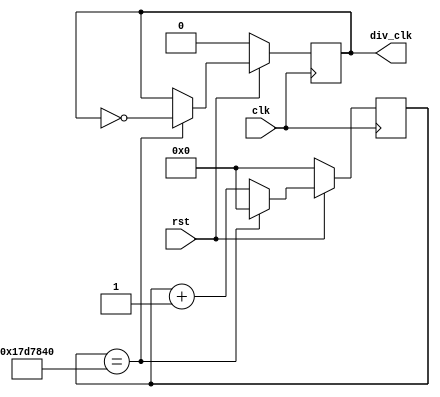
`define TimeExpire1 32'd25000000
`define GameDuration 5'd31;
module clk1Hz(clk,rst,div_clk);
input clk,rst;
output div_clk;

reg div_clk;
reg[31:0]count;

always@(posedge clk)
begin 
    if(!rst)
    begin
        count<=32'd0;
        div_clk<=1'b0;
    end
    else 
    begin 
        if(count==`TimeExpire1)
        begin
            count<=32'd0;
            div_clk<=~div_clk;
        end
        else
        begin
            count<=count+32'd1;
        end
    end
end
endmodule

module level(state1,state2,state3,pointOut);
input state1,state2,state3;
output reg [4:0]pointOut;

always@(state1 or state2 or state3)
begin
    if(state1 && state2 && state3)
    begin
        pointOut <= 5'd20;
    end
    else if(!state1 && state2 && state3)
    begin
        pointOut <= 5'd15;
    end
    else
    begin
        pointOut <= 5'd10;
    end
end
endmodule

module countDown(divClk,rst,timeNow,overFlow,led0, led1, led2, led3, led4, led5, led6, led7, led8, led9, rand);
input divClk,rst;
output reg [4:0]timeNow;
output reg overFlow,led0, led1, led2, led3, led4, led5, led6, led7, led8, led9;

output reg [3:0] rand;
reg [3:0] next_data;

always @*
begin
   next_data[3] = rand[3]^timeNow[1];
	next_data[2] = rand[2]^timeNow[0];
	next_data[1] = rand[1]^next_data[3];
	next_data[0] = rand[0]^next_data[2];
	
end


reg flag;
always@(posedge divClk or negedge rst)
begin
	 
    if(!rst)
    begin  
			flag <= 0;
			timeNow <= `GameDuration;
			overFlow <= 0;
			led0 <= 0;
			led1 <= 0;
			led2 <= 0;
			led3 <= 0;
			led4 <= 0;
			led5 <= 0;
			led6 <= 0;
			led7 <= 0;
			led8 <= 0;
			led9 <= 0;
	 end
    else
    begin
		 if(!overFlow)
		 begin
			if(timeNow == 1)
			begin
            overFlow <= 1;
				timeNow <= timeNow - 1;
				rand <= 4'hf;
			end
			else
            timeNow <= timeNow - 1;
				rand <= next_data;
		end
		else
		begin
			if(flag == 0) begin
				flag <= 1;
				led0 <= 1;
				led1 <= 1;
				led2 <= 1;
				led3 <= 1;
				led4 <= 1;
				led5 <= 1;
				led6 <= 1;
				led7 <= 1;	
				led8 <= 1;
				led9 <= 1;
			end else begin
				flag <= 0;
				led0 <= 0;
				led1 <= 0;
				led2 <= 0;
				led3 <= 0;
				led4 <= 0;
				led5 <= 0;
				led6 <= 0;
				led7 <= 0;
				led8 <= 0;
				led9 <= 0;
			end
		 end
    end
end
endmodule

module display(count,out1,out2);
input [4:0]count;
output reg [6:0]out1;
output reg [6:0]out2;

wire [4:0]first;
wire [4:0]second;

assign first = count % 10 ;
assign second = count / 10;

always@(count)
begin
    case(first)
        4'b0000:out1=7'b1000000;//0
        4'b0001:out1=7'b1111001;//1
        4'b0010:out1=7'b0100100;//2
        4'b0011:out1=7'b0110000;//3
        4'b0100:out1=7'b0011001;//4
        4'b0101:out1=7'b0010010;//5
        4'b0110:out1=7'b0000010;//6
        4'b0111:out1=7'b1111000;//7
        4'b1000:out1=7'b0000000;//8
        4'b1001:out1=7'b0010000;//9
    endcase
    case(second)
        4'b0000:out2=7'b1000000;//0
        4'b0001:out2=7'b1111001;//1
        4'b0010:out2=7'b0100100;//2
        4'b0011:out2=7'b0110000;//3
        4'b0100:out2=7'b0011001;//4
        4'b0101:out2=7'b0010010;//5
        4'b0110:out2=7'b0000010;//6
        4'b0111:out2=7'b1111000;//7
        4'b1000:out2=7'b0000000;//8
        4'b1001:out2=7'b0010000;//9
    endcase
end
endmodule

module addScore(clk,rst,hit,score);
input clk,rst,hit;
output reg [4:0]score; 
reg flagNow;
always @(posedge clk or negedge rst)
begin
	if(!rst)
	begin
		score <= 0;
		flagNow <= 0;
	end
	else
	begin
		if(hit != flagNow)
		begin
			score <= score + 1;
			flagNow <= hit;
		end
	end
end
endmodule



//show image
module image(clk, rst, score, goal, timenow, dot_col, row_count);
input clk, rst;
input [4:0] score;
input [4:0] goal;
input [4:0] timenow;
// output reg [7:0] dot_row;
output reg [7:0] dot_col;

input [2:0] row_count;
 
always@(posedge clk or negedge rst)
begin
   if(~rst)
	begin
	    // dot_row <= 8'b0;
		 dot_col <= 8'b0;
		 // row_count <= 0;
	end
	else
	begin
//	    row_count <= row_count + 1;
//		 case(row_count)
//		     3'd0: dot_row <= 8'b01111111; 
//			  3'd1: dot_row <= 8'b10111111; 
//			  3'd2: dot_row <= 8'b11011111; 
//			  3'd3: dot_row <= 8'b11101111; 
//			  3'd4: dot_row <= 8'b11110111; 
//			  3'd5: dot_row <= 8'b11111011; 
//           3'd6: dot_row <= 8'b11111101; 
//           3'd7: dot_row <= 8'b11111110; 
//		 endcase
		 if(score >= goal && timenow == 5'd0)
		 begin
			 case(row_count)
					3'd0:dot_col <= 8'b01000010;
					3'd1:dot_col <= 8'b11100111;
					3'd2:dot_col <= 8'b11100111;
					3'd3:dot_col <= 8'b11111111;
					3'd4:dot_col <= 8'b01111110;
					3'd5:dot_col <= 8'b01111110;
					3'd6:dot_col <= 8'b01111110;
					3'd7:dot_col <= 8'b00111100;
			endcase
		 end
		 else if(score < goal && timenow == 5'd0)
		 begin
			 case(row_count)
					3'd0:dot_col <= 8'b00000000;
					3'd1:dot_col <= 8'b01000000;
					3'd2:dot_col <= 8'b01000000;
					3'd3:dot_col <= 8'b01000000;
					3'd4:dot_col <= 8'b01000000;
					3'd5:dot_col <= 8'b01000000;
					3'd6:dot_col <= 8'b01111100;
					3'd7:dot_col <= 8'b00000000;
			endcase
		 end
		 else
		 begin
			 case(row_count)
						3'd0:dot_col <= 8'b00000000;
						3'd1:dot_col <= 8'b00000000;
						3'd2:dot_col <= 8'b00000000;
						3'd3:dot_col <= 8'b00000000;
						3'd4:dot_col <= 8'b00000000;
						3'd5:dot_col <= 8'b00000000;
						3'd6:dot_col <= 8'b00000000;
						3'd7:dot_col <= 8'b00000000;
				endcase
		 end
	end

end
endmodule 

//show the position of mouse
module matrix(clk, rst, random, dot_row, dot_col, row_count);
input clk, rst;
input [3:0] random;
output reg [7:0] dot_row;
output reg [7:0] dot_col;

output reg [2:0] row_count;

 
always@(posedge clk or negedge rst)
begin
   if(~rst)
	begin
	    dot_row <= 8'b0;
		 dot_col <= 8'b0;
		 row_count <= 0;
	end
	else
	begin
	    row_count <= row_count + 1;
		 case(row_count)
		     3'd0: dot_row <= 8'b01111111; 
			  3'd1: dot_row <= 8'b10111111; 
			  3'd2: dot_row <= 8'b11011111; 
			  3'd3: dot_row <= 8'b11101111; 
			  3'd4: dot_row <= 8'b11110111; 
			  3'd5: dot_row <= 8'b11111011; 
           3'd6: dot_row <= 8'b11111101; 
           3'd7: dot_row <= 8'b11111110; 
		 endcase
		 case(random)
		     4'd1:
				begin
				case(row_count)
					3'd0:dot_col <= 8'b00110000;
					3'd1:dot_col <= 8'b00110000;
					3'd2:dot_col <= 8'd0;
					3'd3:dot_col <= 8'd0;
					3'd4:dot_col <= 8'd0;
					3'd5:dot_col <= 8'd0;
					3'd6:dot_col <= 8'd0;
					3'd7:dot_col <= 8'd0;
				endcase
				end
				4'd2:
				begin
				case(row_count)
					3'd0:dot_col <= 8'b00001100;
					3'd1:dot_col <= 8'b00001100;
					3'd2:dot_col <= 8'd0;
					3'd3:dot_col <= 8'd0;
					3'd4:dot_col <= 8'd0;
					3'd5:dot_col <= 8'd0;
					3'd6:dot_col <= 8'd0;
					3'd7:dot_col <= 8'd0;
				endcase
				end
				4'd3:
				begin
				case(row_count)
					3'd0:dot_col <= 8'b00000011;
					3'd1:dot_col <= 8'b00000011;
					3'd2:dot_col <= 8'd0;
					3'd3:dot_col <= 8'd0;
					3'd4:dot_col <= 8'd0;
					3'd5:dot_col <= 8'd0;
					3'd6:dot_col <= 8'd0;
					3'd7:dot_col <= 8'd0;
				endcase
				end
				4'd0:
				begin
				case(row_count)
					3'd0:dot_col <= 8'b11000000;
					3'd1:dot_col <= 8'b11000000;
					3'd2:dot_col <= 8'd0;
					3'd3:dot_col <= 8'd0;
					3'd4:dot_col <= 8'd0;
					3'd5:dot_col <= 8'd0;
					3'd6:dot_col <= 8'd0;
					3'd7:dot_col <= 8'd0;
				endcase
				end
				4'd4:
				begin
				case(row_count)
					3'd0:dot_col <= 8'd0;
					3'd1:dot_col <= 8'd0;
					3'd2:dot_col <= 8'b11000000;
					3'd3:dot_col <= 8'b11000000;
					3'd4:dot_col <= 8'd0;
					3'd5:dot_col <= 8'd0;
					3'd6:dot_col <= 8'd0;
					3'd7:dot_col <= 8'd0;
				endcase
				end
				4'd5:
				begin
				case(row_count)
					3'd0:dot_col <= 8'd0;
					3'd1:dot_col <= 8'd0;
					3'd2:dot_col <= 8'b00110000;
					3'd3:dot_col <= 8'b00110000;
					3'd4:dot_col <= 8'd0;
					3'd5:dot_col <= 8'd0;
					3'd6:dot_col <= 8'd0;
					3'd7:dot_col <= 8'd0;
				endcase
				end
				4'd6:
				begin
				case(row_count)
					3'd0:dot_col <= 8'd0;
					3'd1:dot_col <= 8'd0;
					3'd2:dot_col <= 8'b00001100;
					3'd3:dot_col <= 8'b00001100;
					3'd4:dot_col <= 8'd0;
					3'd5:dot_col <= 8'd0;
					3'd6:dot_col <= 8'd0;
					3'd7:dot_col <= 8'd0;
				endcase
				end
				4'd7:
				begin
				case(row_count)
					3'd0:dot_col <= 8'd0;
					3'd1:dot_col <= 8'd0;
					3'd2:dot_col <= 8'b00000011;
					3'd3:dot_col <= 8'b00000011;
					3'd4:dot_col <= 8'd0;
					3'd5:dot_col <= 8'd0;
					3'd6:dot_col <= 8'd0;
					3'd7:dot_col <= 8'd0;
				endcase
				end
				4'd8:
				begin
				case(row_count)
					3'd0:dot_col <= 8'd0;
					3'd1:dot_col <= 8'd0;
					3'd2:dot_col <= 8'd0;
					3'd3:dot_col <= 8'd0;
					3'd4:dot_col <= 8'b11000000;
					3'd5:dot_col <= 8'b11000000;
					3'd6:dot_col <= 8'd0;
					3'd7:dot_col <= 8'd0;
				endcase
				end
				4'd9:
				begin
				case(row_count)
					3'd0:dot_col <= 8'd0;
					3'd1:dot_col <= 8'd0;
					3'd2:dot_col <= 8'd0;
					3'd3:dot_col <= 8'd0;
					3'd4:dot_col <= 8'b00110000;
					3'd5:dot_col <= 8'b00110000;
					3'd6:dot_col <= 8'd0;
					3'd7:dot_col <= 8'd0;
				endcase
				end
				4'd10:
				begin
				case(row_count)
					3'd0:dot_col <= 8'd0;
					3'd1:dot_col <= 8'd0;
					3'd2:dot_col <= 8'd0;
					3'd3:dot_col <= 8'd0;
					3'd4:dot_col <= 8'b00001100;
					3'd5:dot_col <= 8'b00001100;
					3'd6:dot_col <= 8'd0;
					3'd7:dot_col <= 8'd0;
				endcase
				end
				4'd11:
				begin
				case(row_count)
					3'd0:dot_col <= 8'd0;
					3'd1:dot_col <= 8'd0;
					3'd2:dot_col <= 8'd0;
					3'd3:dot_col <= 8'd0;
					3'd4:dot_col <= 8'b00000011;
					3'd5:dot_col <= 8'b00000011;
					3'd6:dot_col <= 8'd0;
					3'd7:dot_col <= 8'd0;
				endcase
				end
				4'd12:
				begin
				case(row_count)
					3'd0:dot_col <= 8'd0;
					3'd1:dot_col <= 8'd0;
					3'd2:dot_col <= 8'd0;
					3'd3:dot_col <= 8'd0;
					3'd4:dot_col <= 8'd0;
					3'd5:dot_col <= 8'd0;
					3'd6:dot_col <= 8'b11000000;
					3'd7:dot_col <= 8'b11000000;
				endcase
				end
				4'd13:
				begin
				case(row_count)
					3'd0:dot_col <= 8'd0;
					3'd1:dot_col <= 8'd0;
					3'd2:dot_col <= 8'd0;
					3'd3:dot_col <= 8'd0;
					3'd4:dot_col <= 8'd0;
					3'd5:dot_col <= 8'd0;
					3'd6:dot_col <= 8'b00110000;
					3'd7:dot_col <= 8'b00110000;
				endcase
				end
				4'd14:
				begin
				case(row_count)
					3'd0:dot_col <= 8'd0;
					3'd1:dot_col <= 8'd0;
					3'd2:dot_col <= 8'd0;
					3'd3:dot_col <= 8'd0;
					3'd4:dot_col <= 8'd0;
					3'd5:dot_col <= 8'd0;
					3'd6:dot_col <= 8'b00001100;
					3'd7:dot_col <= 8'b00001100;
				endcase
				end
				4'd15:
				begin
				case(row_count)
					3'd0:dot_col <= 8'd0;
					3'd1:dot_col <= 8'd0;
					3'd2:dot_col <= 8'd0;
					3'd3:dot_col <= 8'd0;
					3'd4:dot_col <= 8'd0;
					3'd5:dot_col <= 8'd0;
					3'd6:dot_col <= 8'b00000011;
					3'd7:dot_col <= 8'b00000011;
				endcase
				end
		endcase

	end

end
endmodule 


`define pTimeExpire 32'd250000
// 100Hz // keypad
module checkkeypad(clk, rst, overFlow,keypadRow, keypadCol,rand,flag,flagrst);
	input clk, rst,overFlow,flagrst;
	input[3:0]keypadCol,rand;
	output [3:0]keypadRow;

	reg[3:0]keypadRow;
	reg[3:0]keypadBuf;
	reg[31:0]keypadDelay;
    output reg flag;
    reg nowRstFlag;
	always@(posedge clk)
	begin
		if(!rst)
		begin
			keypadRow <= 4'b1110;
			keypadBuf <= 4'b0000;
			keypadDelay <= 31'd0;
			flag <= 0;
			nowRstFlag<=0;
		end 
		else
		begin
		    if(flagrst != nowRstFlag)
		    begin
		        flag <= 0;
				nowRstFlag <= flagrst;
		    end
		    else
		    begin
    			if(keypadDelay == `pTimeExpire)
    			begin
    				keypadDelay = 31'd0;
    				case({keypadRow, keypadCol})
    					8'b1110_1110 : 
    					    if(rand == 4'd15)
    					        flag <= 1;
    					8'b1110_1101 :
    					    if(rand == 4'd14)
    					        flag <= 1;
    					8'b1110_1011 : 
    					    if(rand == 4'd13)
    					        flag <= 1;
    					8'b1110_0111 :
    					    if(rand == 4'd12)
    					        flag <= 1;
    					8'b1101_1110 : 
    					    if(rand == 4'd11)
    					        flag <= 1;
    					8'b1101_1101 : 
    					    if(rand == 4'd10)
    					        flag <= 1;
    					8'b1101_1011 : 
    					    if(rand == 4'd9)
    					        flag <= 1;
    					8'b1101_0111 : 
    					    if(rand == 4'd8)
    					        flag <= 1;
    					8'b1011_1110 : 
    					    if(rand == 4'd7)
    					        flag <= 1;
    					8'b1011_1101 : 
    					    if(rand == 4'd6)
    					        flag <= 1;
    					8'b1011_1011 : 
    					    if(rand == 4'd5)
    					        flag <= 1;
    					8'b1011_0111 : 
    					    if(rand == 4'd4)
    					        flag <= 1;
    					8'b0111_1110 : 
    					    if(rand == 4'd3)
    					        flag <= 1;
    					8'b0111_1101 : 
    					    if(rand == 4'd2)
    					        flag <= 1;
    					8'b0111_1011 : 
    					    if(rand == 4'd1)
    					        flag <= 1;
    					8'b0111_0111 : 
    					    if(rand == 4'd0)
    					        flag <= 1;
    				endcase
    				case(keypadRow)
    					4'b1110 : keypadRow <= 4'b1101;
    					4'b1101 : keypadRow <= 4'b1011;
    					4'b1011 : keypadRow <= 4'b0111;
    					4'b0111 : keypadRow <= 4'b1110;
    					default : keypadRow <= 4'b1110;
    				endcase
    			end
    			else
    				keypadDelay <= keypadDelay + 1'b1;
    		end
		end
	end 
endmodule 



// divider
`define mTimeExpire 32'd2500
// 10000Hz
module clk_div_matrix(clk, rst, div_clk);
input clk, rst;
output div_clk;

reg div_clk;
reg [31:0] count;

always@(posedge clk)
begin

  if(!rst)
  begin
      count <= 32'd0;
		div_clk <= 1'b0;
  end
  else
  begin
      if(count == `mTimeExpire)
		begin
		    count <= 32'd0;
			 div_clk <= ~div_clk;
		end
		else
		begin
		    count <= count + 32'd1;
		end
  end

end


endmodule


module hit(clk,rst,flag,hit,flagrst);
input clk,flag,rst;
output reg hit,flagrst;
always@(posedge clk)
begin
    if(!rst)
    begin
        hit <= 0;
        flagrst <= 0;
    end
    else
    begin
        if(flag == 1)
        begin
            hit <= ~hit;
            flagrst <= ~flagrst;
        end
    end
end
endmodule

module main(clk,rst,s1,s2,s3,out1,out2,out3,out4,out5,out6, led0, led1, led2, led3, led4, led5, led6, led7, led8, led9, dot_row, dot_col, dot_col2, keypadRow, keypadCol);
	input clk,rst,s1,s2,s3;
	output led0, led1, led2, led3, led4, led5, led6, led7, led8, led9;
	output [6:0]out1,out2,out3,out4,out5,out6;
	
	output [7:0] dot_row;
	output [7:0] dot_col;
	output [7:0] dot_col2;
	input[3:0]keypadCol;
	output [3:0]keypadRow;
	
	wire divm;
	wire [3:0] rand;
	wire [3:0]keypadBuf;
	wire hit ,flag;
	wire [2:0] row_count;
 
	wire toggle1Hz;
	clk1Hz Clk1Hz(clk,rst,toggle1Hz);
	wire [4:0]targetLevel;
	level Level(s1,s2,s3,targetLevel);
	wire [4:0]timeNow;
	wire overFlow,flagrst;
	countDown CountDown(toggle1Hz,rst,timeNow,overFlow,led0, led1, led2, led3, led4, led5, led6, led7, led8, led9, rand);
	display LevelDisplay(targetLevel,out1,out2);
	display CountDownDisplay(timeNow,out3,out4);
	
	clk_div_matrix u_mHz(.clk(clk), .rst(rst), .div_clk(divm));
	matrix u_matrix(.clk(divm), .rst(rst), .random(rand), .dot_row(dot_row), .dot_col(dot_col), .row_count(row_count));
	checkkeypad u_pad(.clk(clk), .rst(rst), .overFlow(overFlow),.keypadRow(keypadRow), .keypadCol(keypadCol),.rand(rand),.flag(flag),.flagrst(flagrst));
	
	hit Hit(.clk(toggle1Hz),.rst(rst),.flag(flag),.hit(hit),.flagrst(flagrst));
	wire [4:0]score;
	addScore Score(clk,rst,hit,score);
	display ScoreDisplay(score,out5,out6);
	image u_image(.clk(divm), .rst(rst), .score(score), .goal(targetLevel), .timenow(timeNow), .row_count(row_count), .dot_col(dot_col2));
endmodule